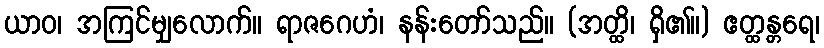
ယာဝ၊ အကြင်မျှလောက်။ ရာဇဂေဟံ၊ နန်းတော်သည်။ (အတ္ထိ၊ ရှိ၏။) ဧတ္ထန္တရေ၊